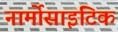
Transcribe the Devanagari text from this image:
नार्मोसाइटिक